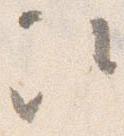
次